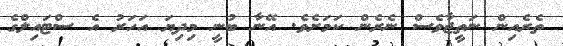
ތެރެއިން ނަތީޖާވެސް ނެރެން ކަމަށެވެ. އޭނާ ބުނީ މިދިޔަ އަހަރު އެ ސްޓައިލްގެ